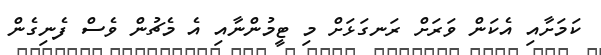
ކަމަށާއި އެކަން ވަރަށް ރަނގަޅަށް މި ޓީމުންނާއި އެ މެޗުން ވެސް ފެނިގެން